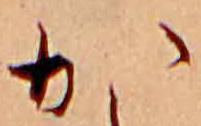
か